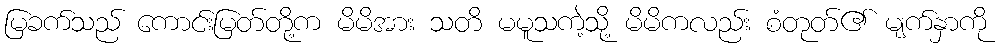
မြခက်သည် ကောင်းမြတ်တို့က မိမိအား သတိ မမူသကဲ့သို့ မိမိကလည်း စံတုတ်၏ မျက်နှာကို